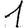
Digit: 1